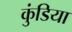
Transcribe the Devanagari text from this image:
कुंडिया